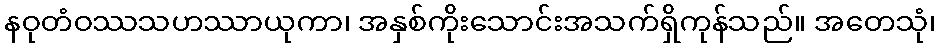
နဝုတံဝဿသဟဿာယုကာ၊ အနှစ်ကိုးသောင်းအသက်ရှိကုန်သည်။ အတေသုံ၊